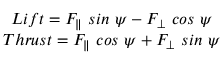
\begin{array} { r } { \begin{array} { c } { L i f t = F _ { \parallel } \ s i n \ \psi - F _ { \bot } \ c o s \ \psi } \\ { T h r u s t = F _ { \parallel } \ c o s \ \psi + F _ { \bot } \ s i n \ \psi } \end{array} } \end{array}